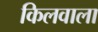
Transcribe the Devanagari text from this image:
किलवाला